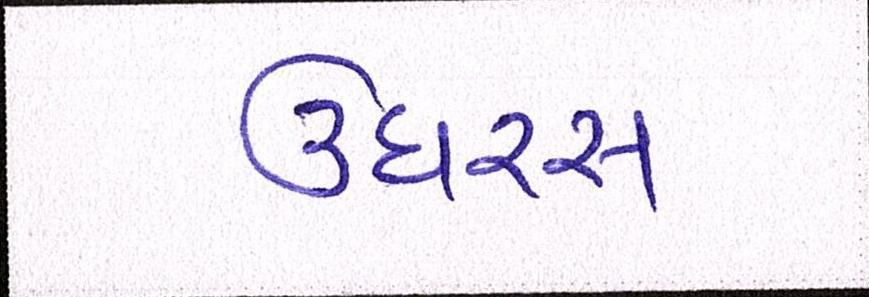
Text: ઉઘરસ